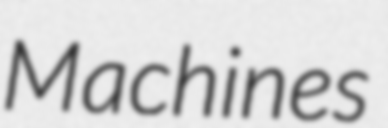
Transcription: Machines